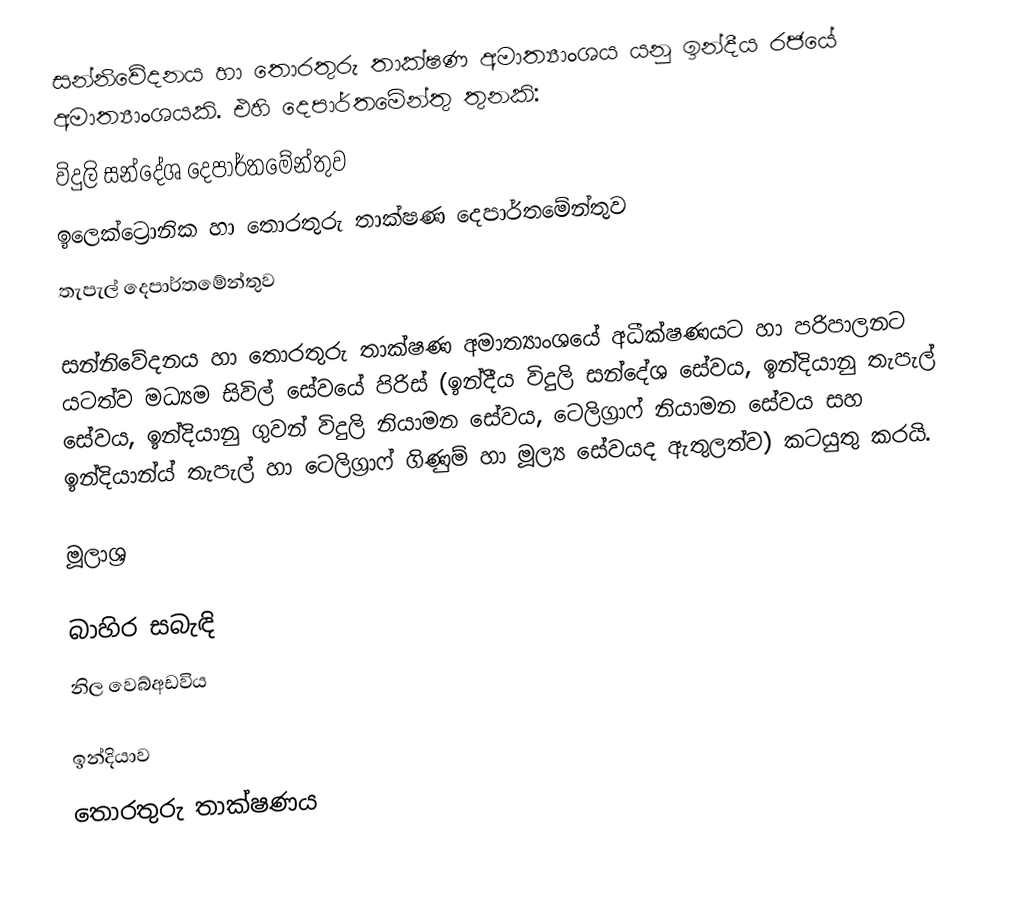
සන්නිවේදනය හා තොරතුරු තාක්ෂණ අමාත්‍යාංශය ‍යනු ඉන්දීය රජයේ අමාත්‍යාංශයකි. එහි දෙපාර්තමේන්තු තුනකි:
විදුලි සන්දේශ දෙපාර්තමේන්තුව
ඉලෙක්ට්‍රොනික හා තොරතුරු තාක්ෂණ දෙපාර්තමේන්තුව
තැපැල් දෙපාර්තමේන්තුව

සන්නිවේදනය හා තොරතුරු තාක්ෂණ අමාත්‍යාංශයේ අධීක්ෂණයට හා පරිපාලනට යටත්ව මධ්‍යම සිවිල් සේවයේ පිරිස් (ඉන්දීය විදුලි සන්දේශ සේවය, ඉන්දියානු තැපැල් සේවය, ඉන්දියානු ගුවන් විදුලි නියාමන සේවය, ටෙලිග්‍රාෆ් නියාමන සේවය සහ ඉන්දියාන්ය් තැපැල් හා ටෙලිග්‍රාෆ් ගිණුම් හා මූල්‍ය සේවයද ඇතුලත්ව) කටයුතු කරයි.

මූලාශ්‍ර

බාහිර සබැඳි
 නිල වෙබ්අඩවිය

ඉන්දියාව
‍‍තොරතුරු තාක්ෂණය